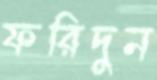
ফরিদুন